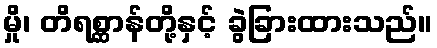
မှို၊ တိရစ္ဆာန်တို့နှင့် ခွဲခြားထားသည်။